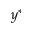
y ^ { * }